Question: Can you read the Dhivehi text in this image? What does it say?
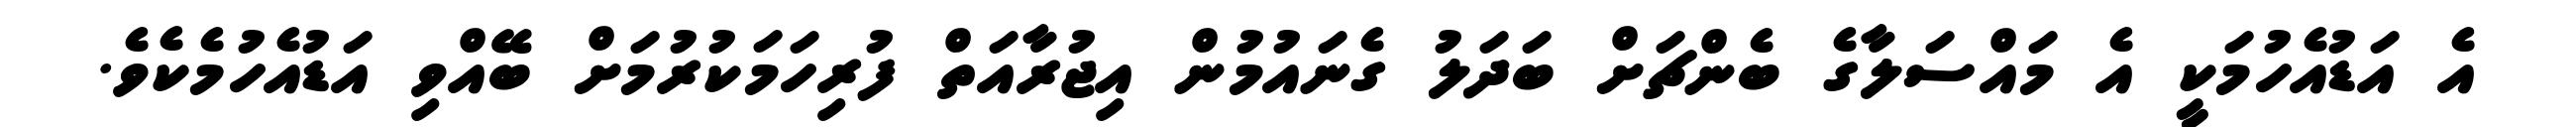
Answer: އެ އަޑުއެހުމަކީ އެ މައްސަލާގެ ބެންޗަށް ބަދަލު ގެނައުމުން އިޖުރާއަތް ފުރިހަމަކުރުމަށް ބޭއްވި އަޑުއެހުމެކެވެ.